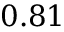
0 . 8 1